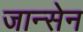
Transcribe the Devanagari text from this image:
जान्सेन